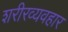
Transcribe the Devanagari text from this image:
शरीरव्यवहार